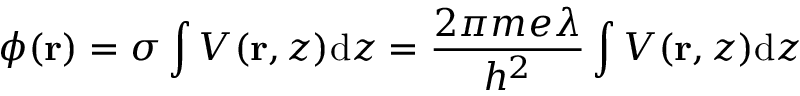
\phi ( \mathbf { r } ) = \sigma \int V ( \mathbf { r } , z ) \mathrm { d } z = \frac { 2 \pi m e \lambda } { h ^ { 2 } } \int V ( \mathbf { r } , z ) \mathrm { d } z